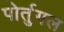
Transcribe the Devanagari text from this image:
पोर्तुगल